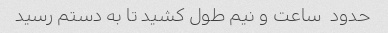
حدود  ساعت و نیم طول کشید تا به دستم رسید